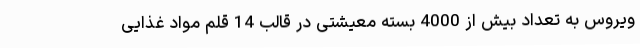
ویروس به تعداد بیش از 4000 بسته معیشتی در قالب 14 قلم مواد غذایی